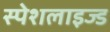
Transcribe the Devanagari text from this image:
स्पेशलाइज्ड